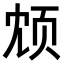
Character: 𫖫